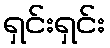
ရှင်းရှင်း